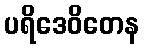
ပရိဒေဝိတေန